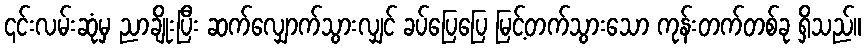
၎င်းလမ်းဆုံမှ ညာချိုးပြီး ဆက်လျှောက်သွားလျှင် ခပ်ပြေပြေ မြင့်တက်သွားသော ကုန်းတက်တစ်ခု ရှိသည်။